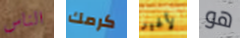
الناس كرمك لأغير هو